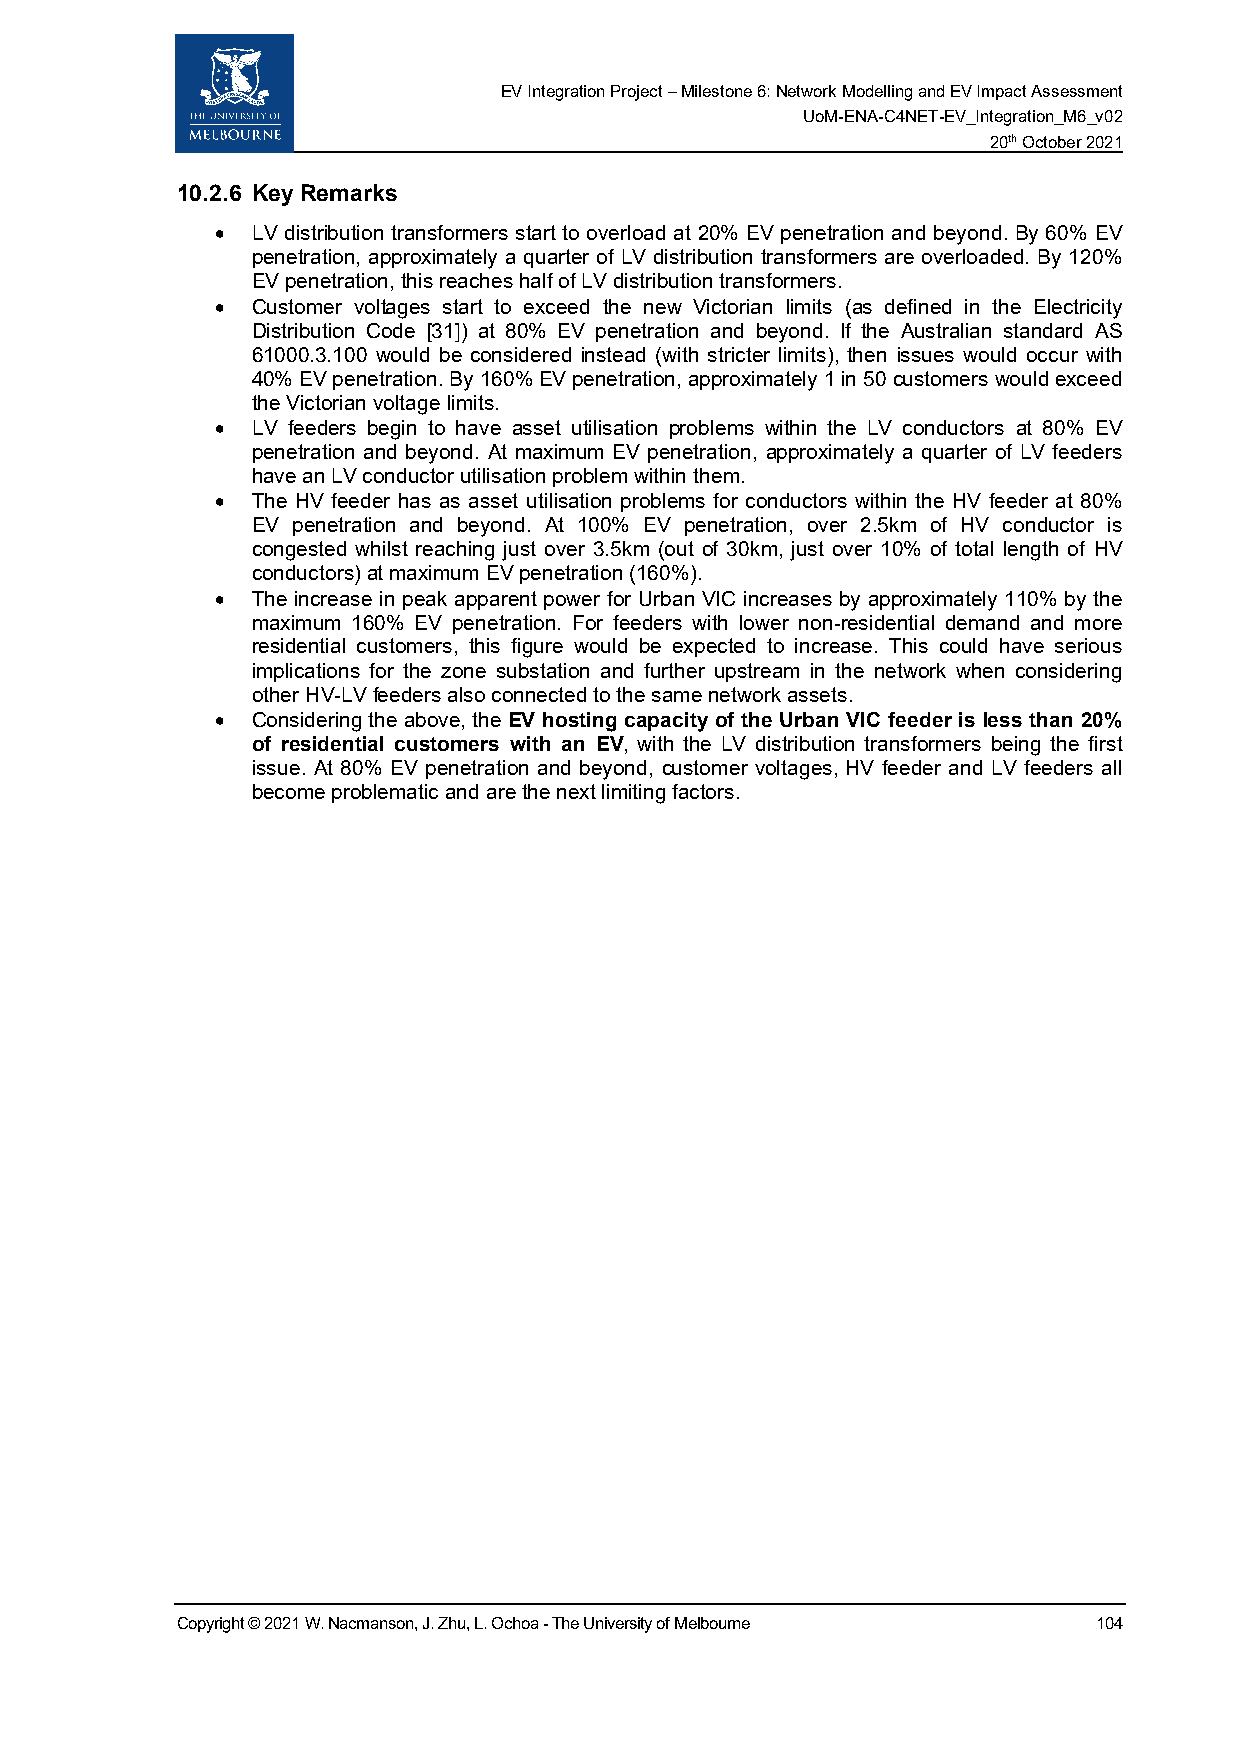
EV Integration Project – Milestone 6: Network Modelling and EV Impact Assessment
 UoM-ENA-C4NET-EV_Integration_M6_v02
 20th October 2021
 10.2.6 Key Remarks
 •  LV distribution transformers start to overload at 20% EV penetration and beyond. By 60% EV
 penetration, approximately a quarter of LV distribution transformers are overloaded. By 120%
 EV penetration, this reaches half of LV distribution transformers.
 •  Customer voltages start to exceed the new Victorian limits (as defined in the Electricity
 Distribution Code [31]) at 80% EV penetration and beyond. If the Australian standard AS
 61000.3.100 would be considered instead (with stricter limits), then issues would occur with
 40% EV penetration. By 160% EV penetration, approximately 1 in 50 customers would exceed
 the Victorian voltage limits.
 •  LV feeders begin to have asset utilisation problems within the LV conductors at 80% EV
 penetration and beyond. At maximum EV penetration, approximately a quarter of LV feeders
 have an LV conductor utilisation problem within them.
 •  The HV feeder has as asset utilisation problems for conductors within the HV feeder at 80%
 EV penetration and beyond. At 100% EV penetration, over 2.5km of HV conductor is
 congested whilst reaching just over 3.5km (out of 30km, just over 10% of total length of HV
 conductors) at maximum EV penetration (160%).
 •  The increase in peak apparent power for Urban VIC increases by approximately 110% by the
 maximum 160% EV penetration. For feeders with lower non-residential demand and more
 residential customers, this figure would be expected to increase. This could have serious
 implications for the zone substation and further upstream in the network when considering
 other HV-LV feeders also connected to the same network assets.
 •  Considering the above, the EV hosting capacity of the Urban VIC feeder is less than 20%
 of residential customers with an EV, with the LV distribution transformers being the first
 issue. At 80% EV penetration and beyond, customer voltages, HV feeder and LV feeders all
 become problematic and are the next limiting factors.
 Copyright © 2021 W. Nacmanson, J. Zhu, L. Ochoa - The University of Melbourne 104